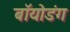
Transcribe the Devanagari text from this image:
बॉयोडंग